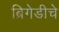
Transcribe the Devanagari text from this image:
ब्रिगेडीचे